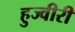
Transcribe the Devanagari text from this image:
हुज्वीरी